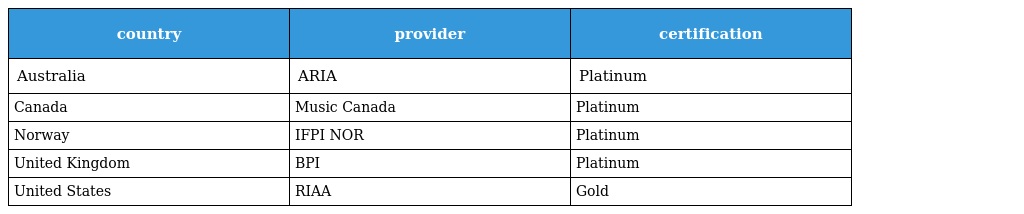
| country | provider | certification |
 | --- | --- | --- |
 | Australia | ARIA | Platinum |
 | Canada | Music Canada | Platinum |
 | Norway | IFPI NOR | Platinum |
 | United Kingdom | BPI | Platinum |
 | United States | RIAA | Gold |